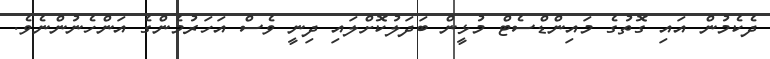
ދެކެމުން އައި ގޮތުގެ މައިންޑްސެޓް މުޅީން ބަދަލުކޮށްލައި ދިނީ ވެސް އަހަރުމެންގެ އަންހެނުންނެވެ.